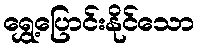
ရွှေ့ပြောင်းနိုင်သော